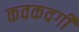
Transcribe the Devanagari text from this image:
कवकवर्गी